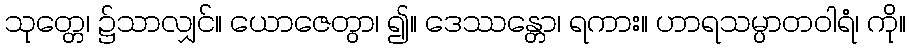
သုတ္တေ၊ ၌သာလျှင်။ ယောဇေတွာ၊ ၍။ ဒေဿန္တော၊ ရကား။ ဟာရသမ္ပာတဝါရံ၊ ကို။